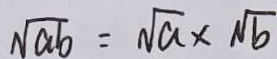
\sqrt { a b } = \sqrt { a } \times \sqrt { b }